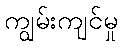
ကျွမ်းကျင်မှု